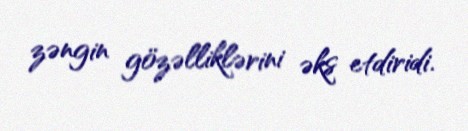
zəngin gözəlliklərini əks etdiridi.